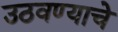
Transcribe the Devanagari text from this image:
उठवण्याचे